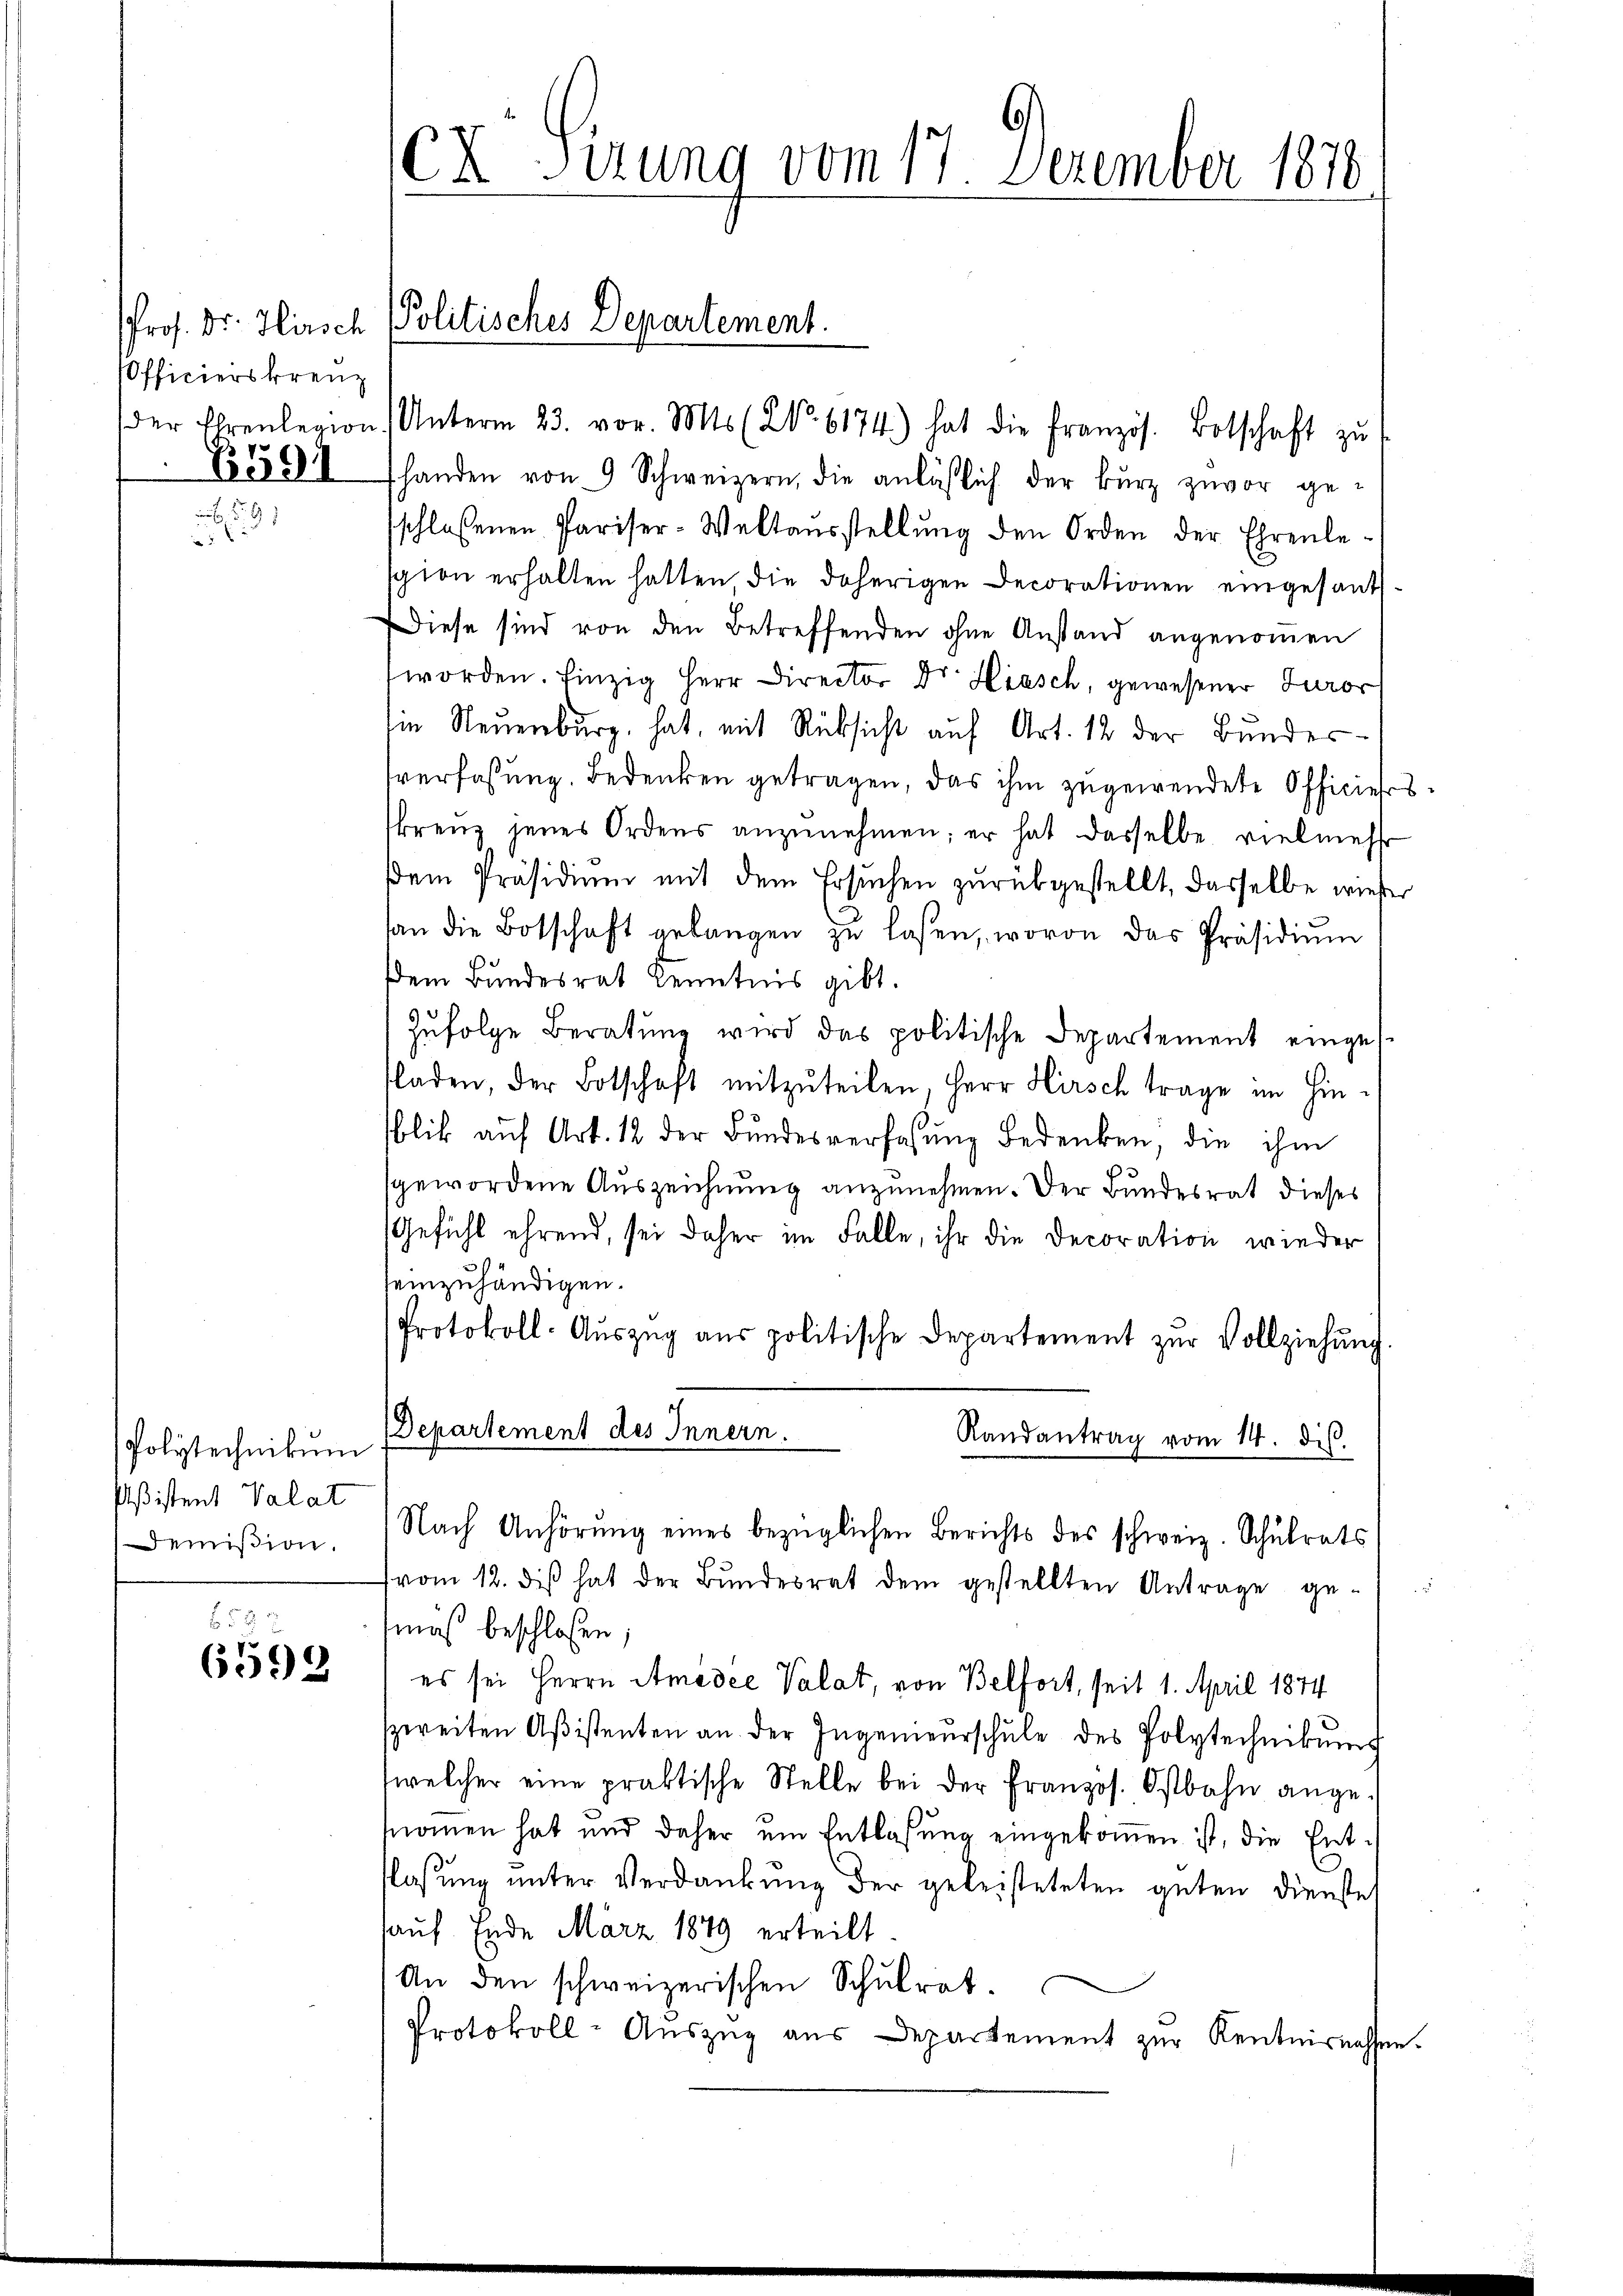
Prof. Dr. Hirsch
Officierskreuz

B591

Polytechnikum
Aßistent Valat
emißion.

58 x
6592

cx Sirung vom 17 December 1870
.

PPolitisches Departement.

der Ehrenlegion, Unterm 23. vor. Mts. (N. 6174) hat die französ. Botschaft zŭ
shanden von 9 Schweizern, die anläβlich der kurz zuvor ge-
sschlossenen Pariser-Weltausstellŭng den Orden der Ehrenlespion erhalten hatten die daherigen Decorationen eingesandt¬
Diese sind von den Betreffenden ohne Anstand angenommen
worden. Einzig Herr Director Dr Hinsch, gewesener Turor
m Neuenburg, hat, mit Rücksicht auf Art. 12 der Bundessverfassung. Bedenken getragen, das ihm zugewendete Officierstkreuz jenes Ordens anzŭnehmen; er hat dasselbe vielmehr
dem Präsidiŭm mit dem Ersuchen zurükgestellt, dasselbe wieder
an die Botschaft gelangen zŭ lassen, wovon das Präsidiŭm
dem Bundesrat Kenntnis gibt.
Zufolge Beratung wird das politische Departement eingesfladen, der Botschaft mitzŭteilen, Herr Hirsch trage im Hin-
blik aŭf Art. 12 der Bŭndesverfassŭng Bedenken, die ihm
sgewordene Auszeichnung anzunehmen. Der Bundesrat dieses
Gefühl ehrend, sei daher im Falle, ihr die Decoration wieder
seinzuhändigen.
Protokoll-Aŭszŭg aŭs politische Departement zŭr Vollziehŭng.
Departement des Innern.
Randantrag vom 14. ds.
Nach Anhörung eines bezüglichen Berichts des schweiz. Schulrats
vom 12. diβ hat der Bŭndesrat dem gestellten Antrage ge-
maß beschlossen:
es sei Herrn Amadee Valat, von Belfort, seit 1. April 1874
szereiten Aßistenten an der Ingenieŭrschŭle des Polytechnikŭng
welcher eine praktische Stelle bei der Französ. Ostbahn angenomen hat und daher um Entlassŭng eingekoṁen ist, die Ent-
flassung unter Verdankŭng der geleisteteten guten Dienste
auf Ende März 1849 erteilt.
An den schweizerischen Schŭlrat.
Protokoll-Aŭszŭg aŭs Departement zŭr Kentnisnassen.